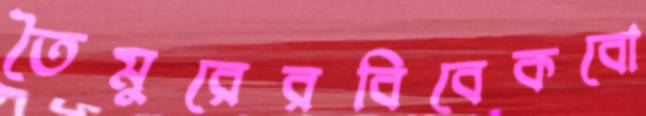
তৈমুরেরবিবেকবো